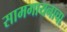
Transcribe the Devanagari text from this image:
सामगायनाचा